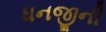
ધનજીની